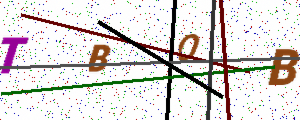
Text: TBOB